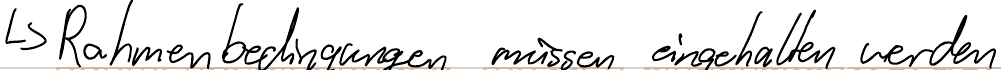
-> Rahmenbedingungen müssen eingehalten werden